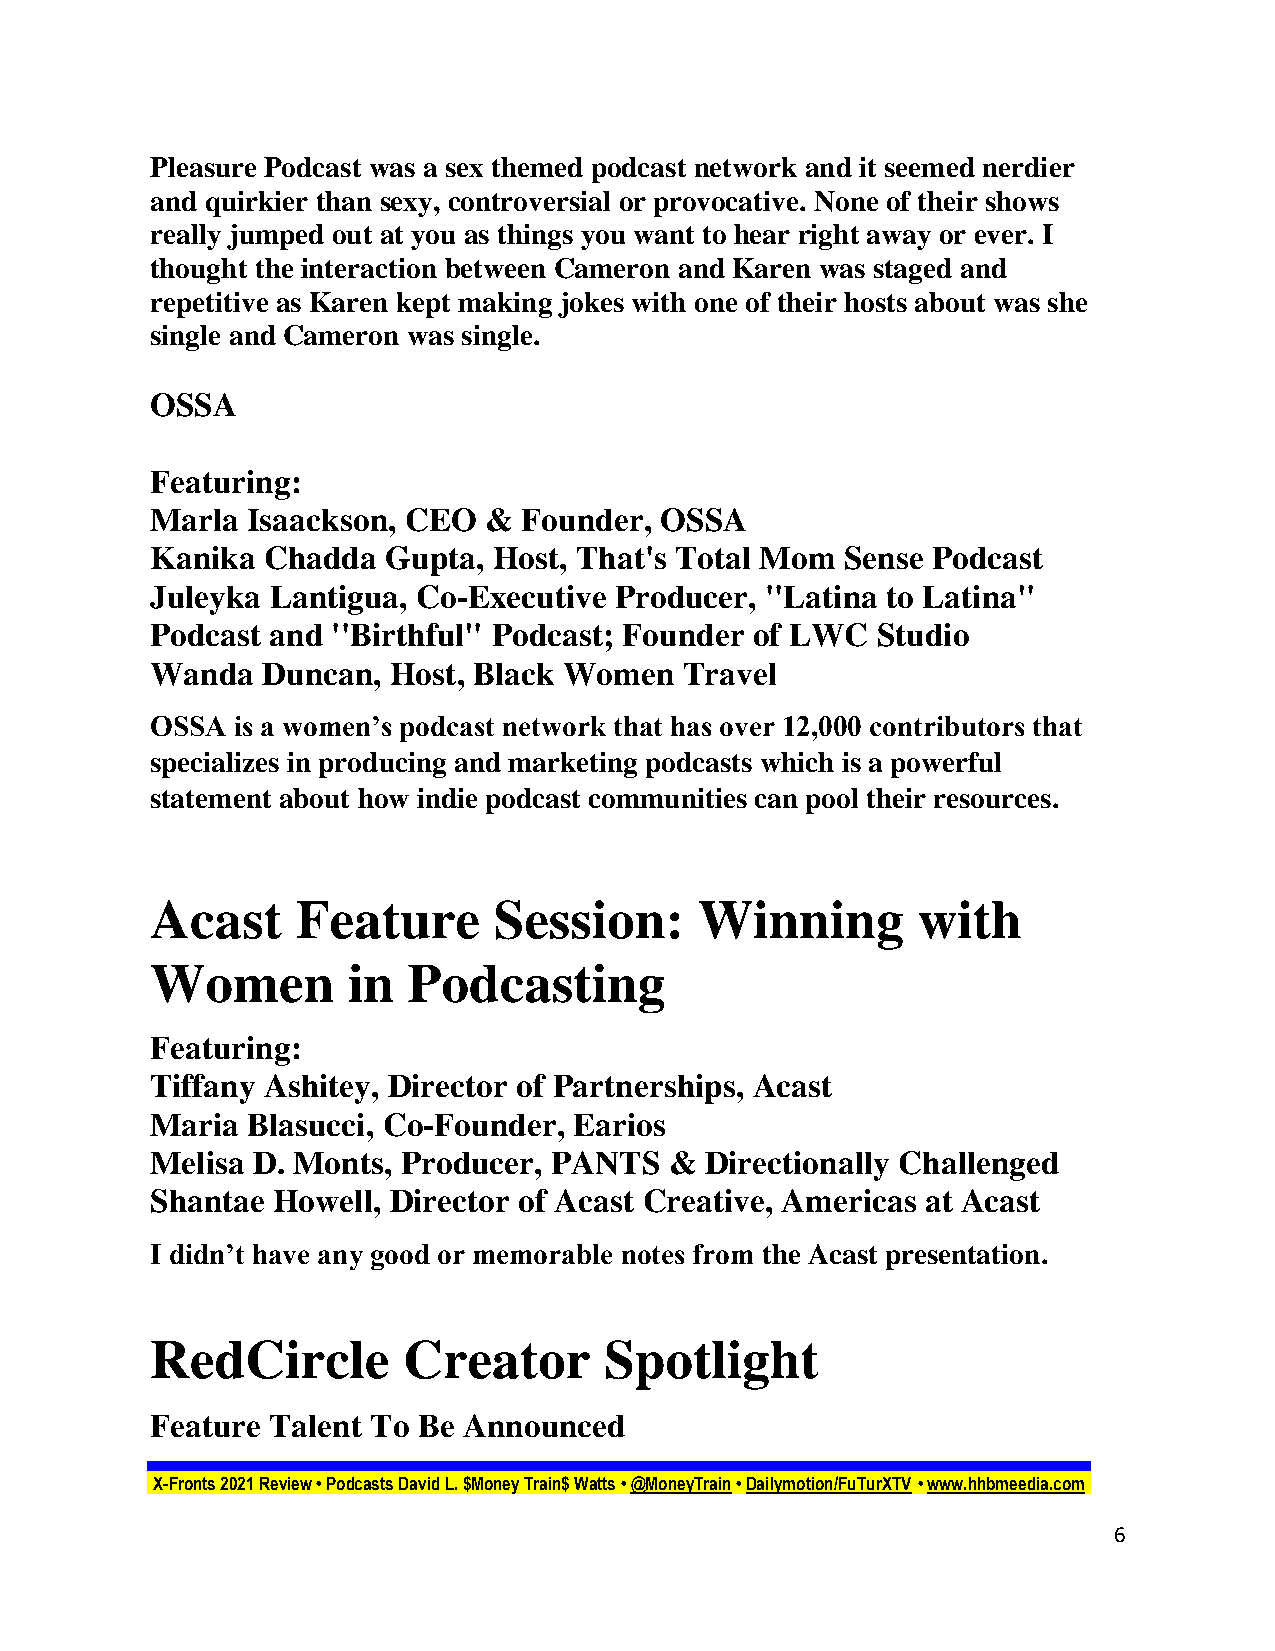
Pleasure Podcast was a sex themed podcast network and it seemed nerdier
 and quirkier than sexy, controversial or provocative. None of their shows
 really jumped out at you as things you want to hear right away or ever. I
 thought the interaction between Cameron and Karen was staged and
 repetitive as Karen kept making jokes with one of their hosts about was she
 single and Cameron was single.
 OSSA
 Featuring:
 Marla Isaackson, CEO  &  Founder, OSSA
 Kanika Chadda   Gupta, Host, That's Total Mom Sense Podcast
 Juleyka Lantigua, Co-Executive Producer, ''Latina to Latina"
 Podcast and ''Birthful" Podcast; Founder of LWC Studio
 Wanda  Duncan,  Host, Black Women  Travel
 OSSA is a women’s podcast network that has over 12,000 contributors that
 specializes in producing and marketing podcasts which is a powerful
 statement about how indie podcast communities can pool their resources.
 Acast     Feature      Session:     Winning        with
 Women        in  Podcasting
 Featuring:
 Tiffany Ashitey, Director of Partnerships, Acast
 Maria Blasucci, Co-Founder, Earios
 Melisa D. Monts, Producer, PANTS  &  Directionally Challenged
 Shantae Howell, Director of Acast Creative, Americas at Acast
 I didn’t have any good or memorable notes from the Acast presentation.
 RedCircle        Creator      Spotlight
 3:1 PM
 Feature Talent To Be Announced
 X-Fronts 2021 Review • Podcasts David L. $Money Train$ Watts • @MoneyTrain • Dailymotion/FuTurXTV • www.hhbmeedia.com
 6